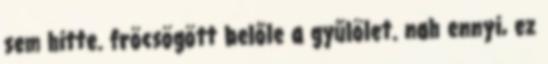
sem hitte. fröcsögött belőle a gyűlölet. nah ennyi, ez